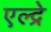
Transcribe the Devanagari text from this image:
एल्द्रे